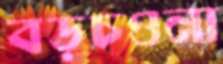
বড়চওনা